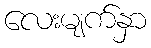
လေးမျက်နှာ